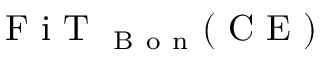
\mathrm { ~ F ~ i ~ T ~ } _ { \mathrm { ~ B ~ o ~ n ~ } } ( \mathrm { ~ C ~ E ~ } )